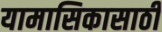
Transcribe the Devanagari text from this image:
यामासिकासाठी